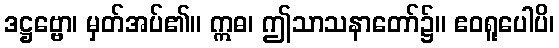
ဒဋ္ဌဗ္ဗော၊ မှတ်အပ်၏။ ဣဓ၊ ဤသာသနာတော်၌။ ဧဝရူပေါပိ၊